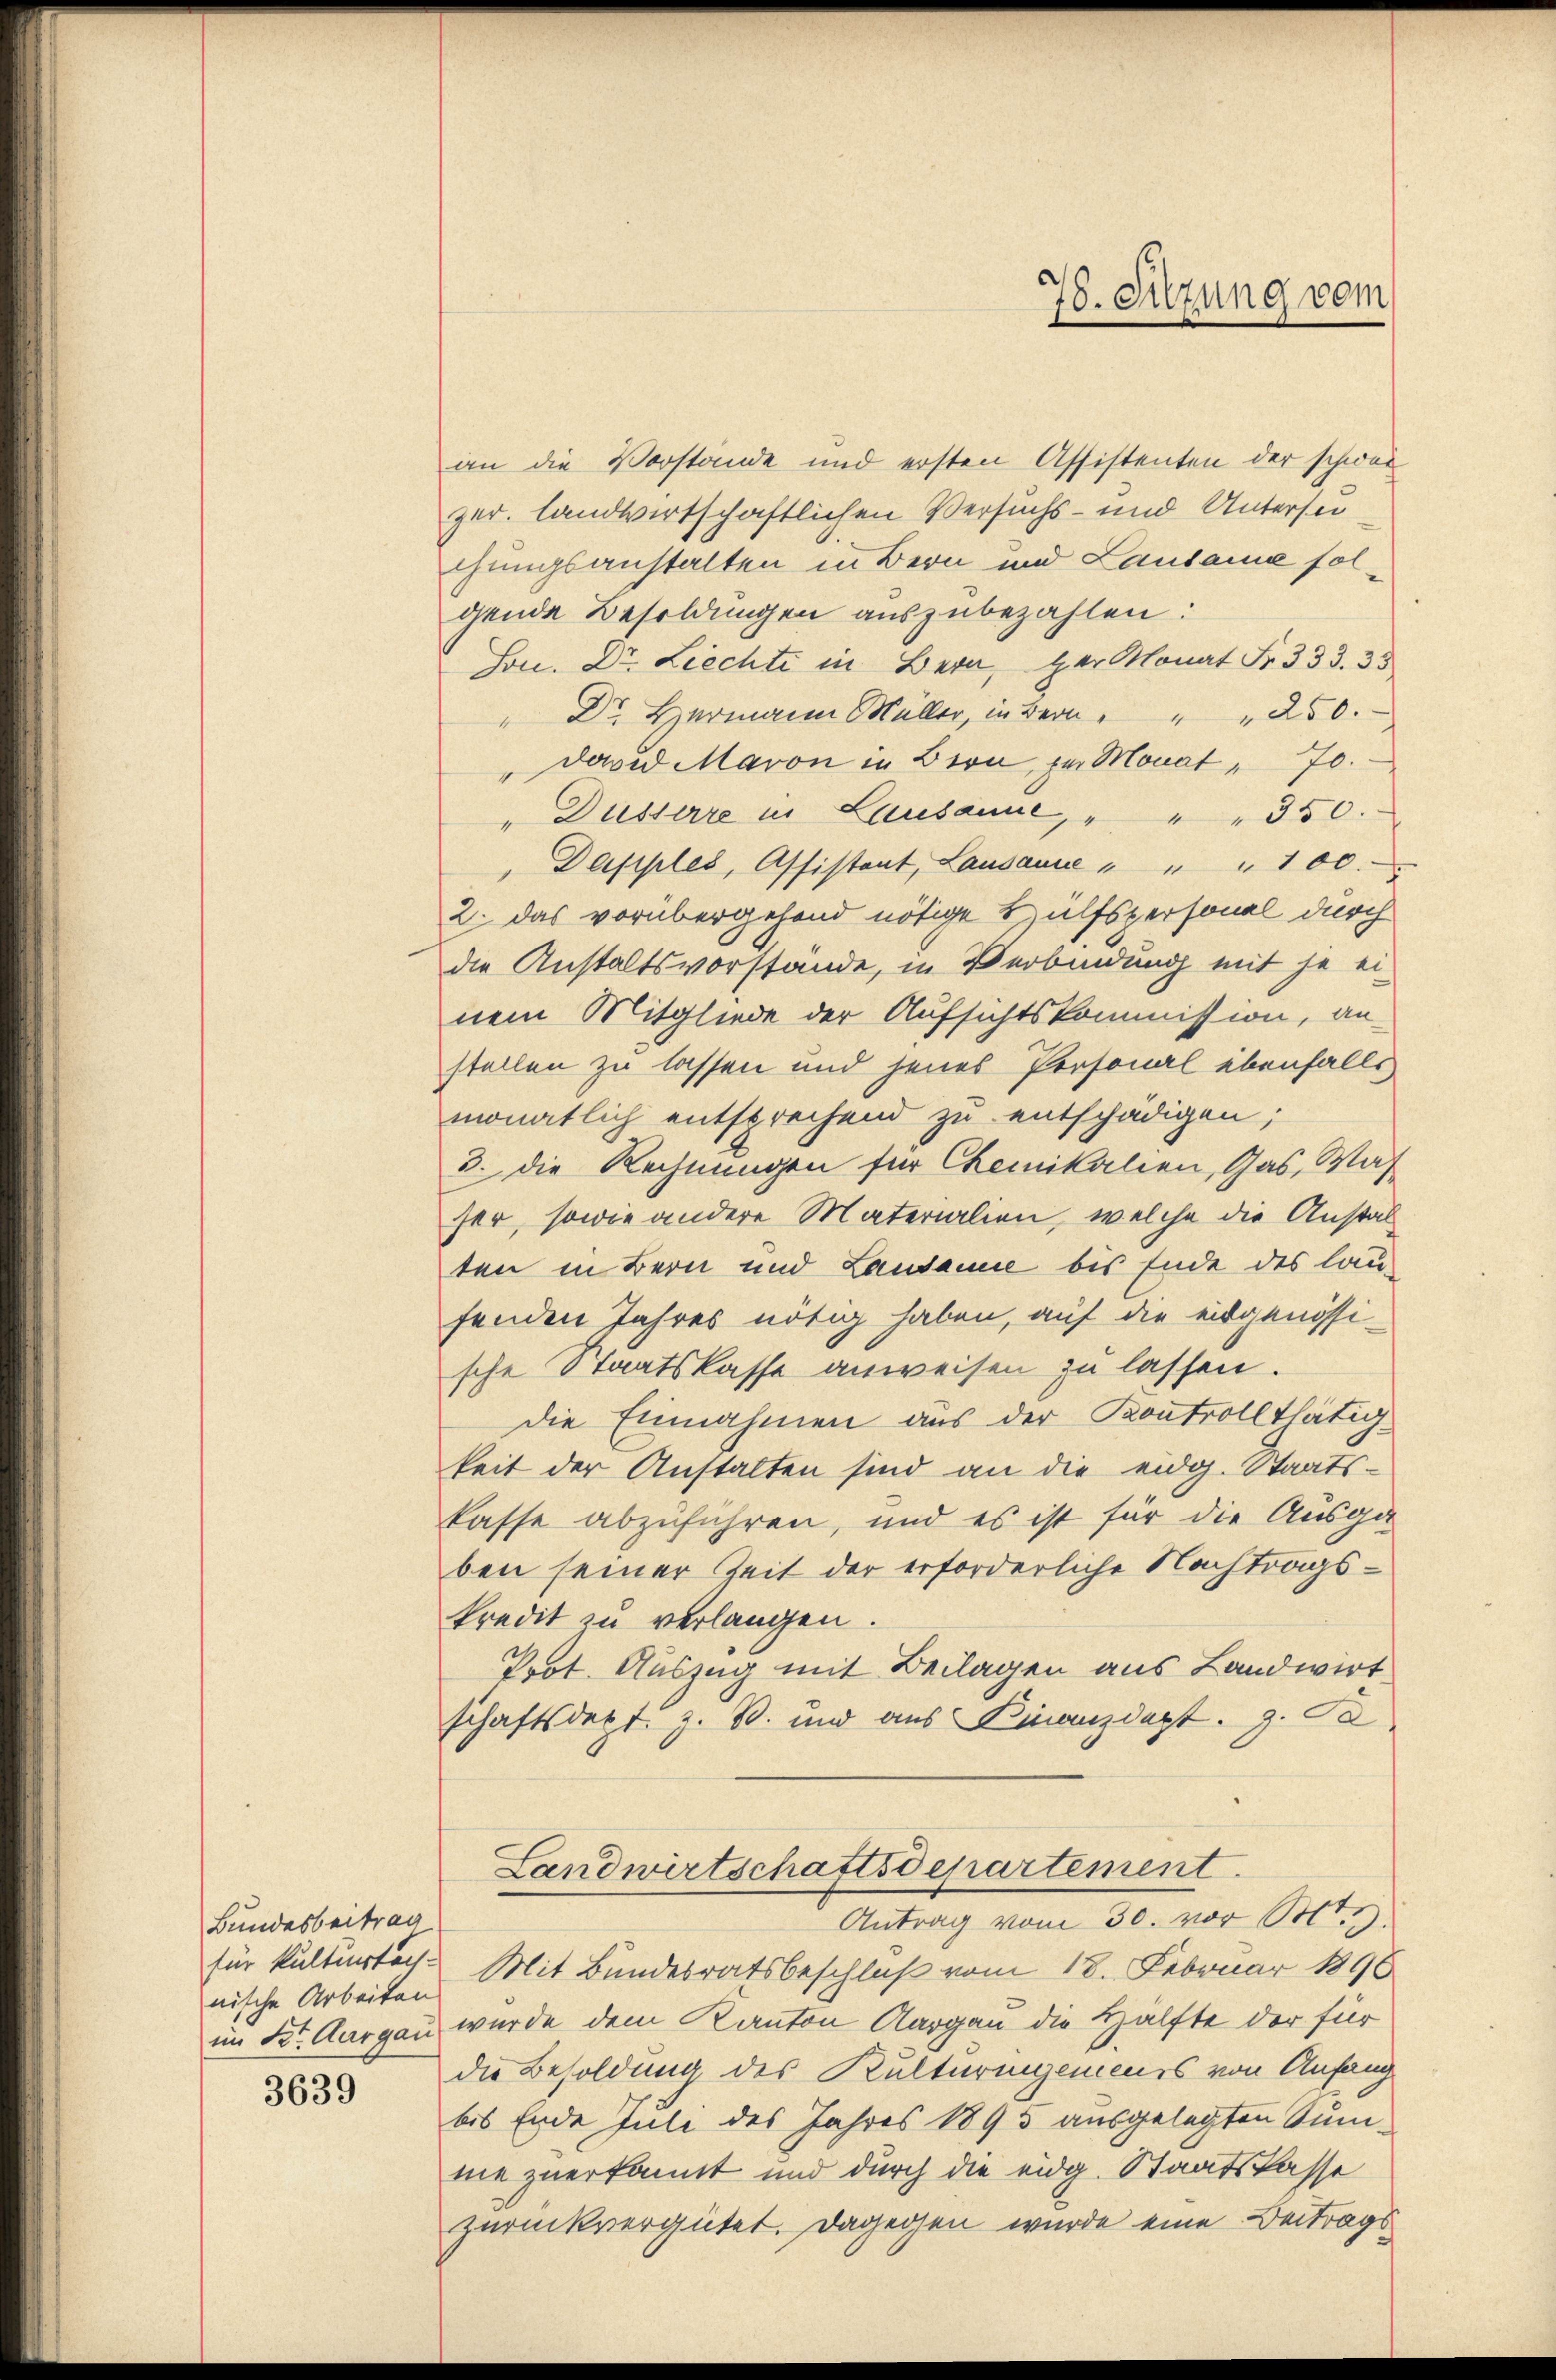
Bundesbeitrag
für kulturtech-
nische Arbeiten
im St. Aargau

3639

an die Vorstände und ersten Assistenten der schwer
zer. landwirtschaftlichen Versuchs- und Unterse
chungsanstalten in Bern und Landame folgende Besoldungen auszubezahlen:
Son. Dr. Liechti in Bern, der Monat Fr. 333. 35
 Dr Hermann Müller, in Bern " " " 250.
" David Maron in Bern, zu Monat " 70.
" Düsserre in Lausanne, " " " 350.
" Dapples, Assistant, Lausauce " " " 100
2. das vorübergehend nötige Hülfspersonal durch
die Anstaltsvorstande, in Verbindung mit je ei-
nem Mitgliede der Aufsichtskommission, an-
stellen zu lassen und jenes Personal ebenfalls
monatlich entsprechend zu entschädigen;
3. die Rechnungen für Chemikalien, Gas, Was
ser, sowie andere Materialien, welche die Anstal
ten in Bern und Landame bis Ende des laufenden Jahres nötig haben, auf die eidgenössi-
sche Staatskasse anweisen zu lassen.
die Einnahmen aus der Kontrollthätig
keit der Anstalten sind an die eidg. Staatskasse abzuführen, und es ist für die Ausga
ben seiner Zeit der erforderliche Nachtragskredit zu verlangen.
Prot. Auszug mit Beilagen aus Landwirt
schaftsdest z. B. und aus Finanzdept. 9. Se

Mit Bundesratsbeschluß vom 18. Februar 1890
wurde dem Kanton Aargau die Hälfte der für
die Besoldung des Kulturingenieurs von Anfang
bis Ende hule des Jahres 1895 ausgelegten Sumne zuerkannt und durch die eidg. Staatskasse
zurückvergütet. Dagegen wurde eine Beitrags¬

78. Sitzung vom

Landwirtschaftsdepartement.
Antrag vom 30. vor St.